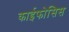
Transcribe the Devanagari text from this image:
काईफोसिस